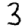
Digit: 3